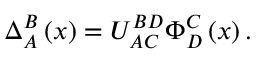
\Delta _ { A } ^ { B } \left( x \right) = U _ { A C \, } ^ { B D } \Phi _ { D } ^ { C } \left( x \right) .